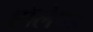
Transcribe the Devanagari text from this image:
हॉलेण्ड